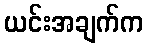
ယင်းအချက်က